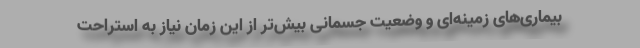
بیماری‌های زمینه‌ای و وضعیت جسمانی بیش‌تر از این زمان نیاز به استراحت